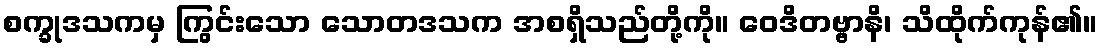
စက္ခုဒသကမှ ကြွင်းသော သောတဒသက အစရှိသည်တို့ကို။ ဝေဒိတဗ္ဗာနိ၊ သိထိုက်ကုန်၏။